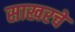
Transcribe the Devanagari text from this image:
साखरचे